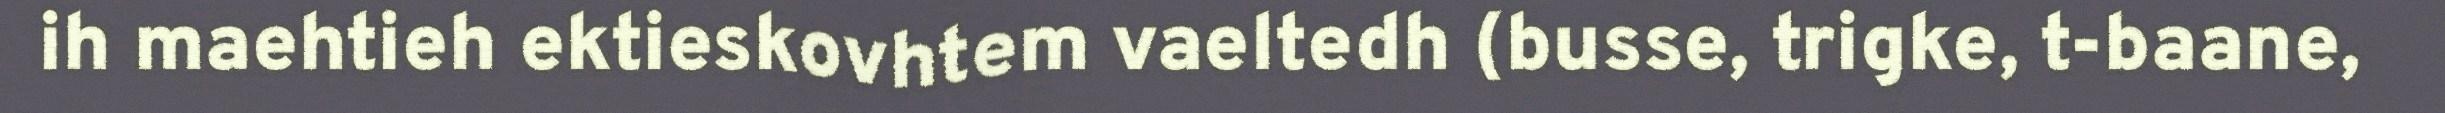
ih maehtieh ektieskovhtem vaeltedh (busse, trigke, t-baane,